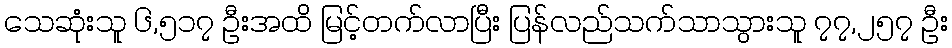
သေဆုံးသူ ၆,၅၁၇ ဦးအထိ မြင့်တက်လာပြီး ပြန်လည်သက်သာသွားသူ ၇၇,၂၅၇ ဦး